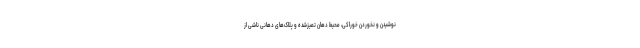
نوشیدن و نخوردن خوراکی، محیط دهان تمیزشده و پلاک‌های دهانی ناشی از